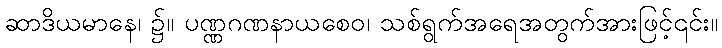
ဆာဒိယမာနေ၊ ၌။ ပဏ္ဏဂဏနာယစေဝ၊ သစ်ရွက်အရေအတွက်အားဖြင့်၎င်း။